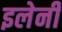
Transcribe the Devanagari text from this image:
इलेनी